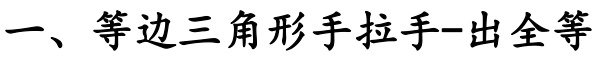
一、等边三角形手拉手-出全等